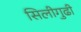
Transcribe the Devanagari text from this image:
सिलीगुढी